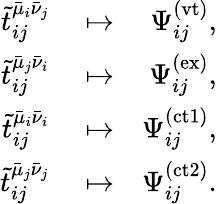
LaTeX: \begin{array}{rlr}{\tilde{t}_{ij}^{\bar{\mu}_{i}\bar{\nu}_{j}}}&{{}\mapsto}&{\Psi_{ij}^{(\mathrm{vt})},}\\ {\tilde{t}_{ij}^{\bar{\mu}_{j}\bar{\nu}_{i}}}&{{}\mapsto}&{\Psi_{ij}^{(\mathrm{ex})},}\\ {\tilde{t}_{ij}^{\bar{\mu}_{i}\bar{\nu}_{i}}}&{{}\mapsto}&{\Psi_{ij}^{(\mathrm{ct1})},}\\ {\tilde{t}_{ij}^{\bar{\mu}_{j}\bar{\nu}_{j}}}&{{}\mapsto}&{\Psi_{ij}^{(\mathrm{ct2})}.}\end{array}